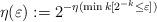
LaTeX: \begin{align*}\eta(\varepsilon):=2^{-\eta(\min k[2^{-k}\leq\varepsilon])}\end{align*}